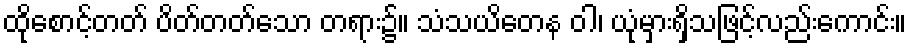
ထိုစောင့်တတ် ပိတ်တတ်သော တရား၌။ သံသယိတေန ဝါ၊ ယုံမှားရှိသဖြင့်လည်းကောင်း။